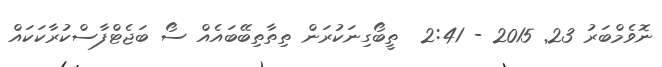
ނޮވެމްބަރު 23